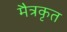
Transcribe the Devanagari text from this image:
मैत्रकृत